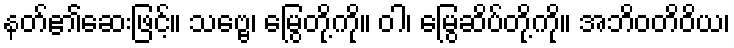
နတ်၏ဆေးဖြင့်။ သဗ္ဗေ၊ မြွေတို့ကို။ ဝါ၊ မြွေဆိပ်တို့ကို။ အဘိဝတိဝိယ၊